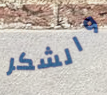
والشكر